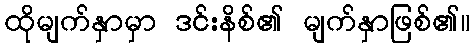
ထိုမျက်နှာမှာ ဒင်းနိစ်၏ မျက်နှာဖြစ်၏။